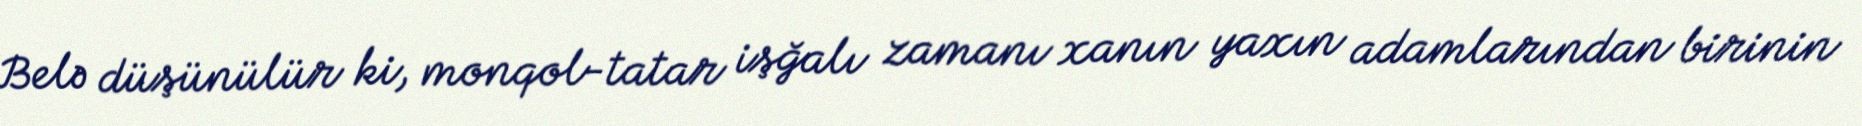
Belə düşünülür ki, monqol-tatar işğalı zamanı xanın yaxın adamlarından birinin